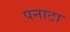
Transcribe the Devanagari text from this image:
पनाटा